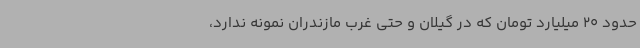
حدود 20 میلیارد تومان که در گیلان و حتی غرب مازندران نمونه ندارد،